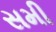
સમી